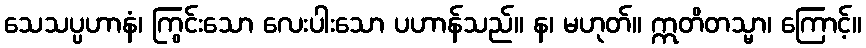
သေသပ္ပဟာနံ၊ ကြွင်းသော လေးပါးသော ပဟာန်သည်။ န၊ မဟုတ်။ ဣတိတသ္မာ၊ ကြောင့်။